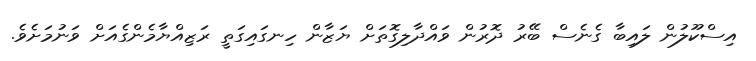
އިސްކޫލުން ލައިބާ ގެނެސް ބޭރު ދޮރުން ވައްދާލިގޮތަށް ޔަޒާން ހިނގައިގަތީ ރަޒިއްޔާމެންގެއަށް ވަނުމަށެވެ.